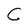
Character: C